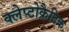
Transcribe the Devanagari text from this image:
क्लेप्टोक्रैटिक